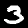
Digit: 3